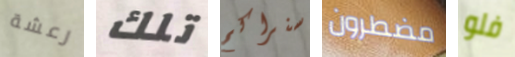
رعشة تلك سنراكم مضطرون فلو